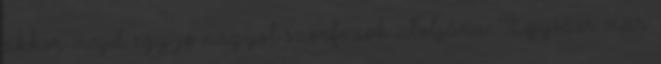
akkor majd egy jó nagyot szörfözök utoljára. Egyszer már